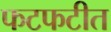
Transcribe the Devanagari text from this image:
फटफटीत